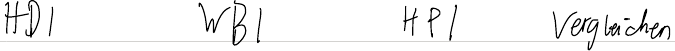
HDI   WBI   HPI   Vergleichen